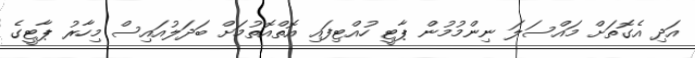
އަދި އެގޮތަށް މައްސަލަ ނިންމުމުން ޕާޓީ ހުއްޓިފައި އޮތްއޮތުމަށް ބަދަލުއައިސް މިހާރު ޕާޓީގެ